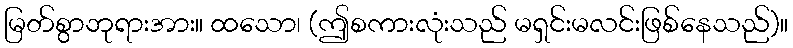
မြတ်စွာဘုရားအား။ ထသော၊ (ဤစကားလုံးသည် မရှင်းမလင်းဖြစ်နေသည်)။